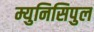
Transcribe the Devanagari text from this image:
म्युनिसिपुल